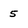
Character: 5